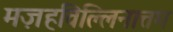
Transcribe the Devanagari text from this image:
मज़हविल्लिनात्तम